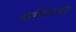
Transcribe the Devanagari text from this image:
वारियरच्या